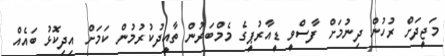
މަޖީދަށް ރުހުން ދިނުމަށް ފާސްވީ ޑީއާރުޕީގެ މެމްބަރުން ތާއީދުކުރުމުން ކަމަށް އިދިކޮޅު ބައެއް